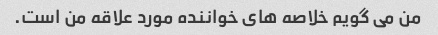
من می گویم خلاصه های خواننده مورد علاقه من است.